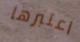
اعتبرها